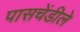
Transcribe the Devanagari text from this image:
पासचेंडीले